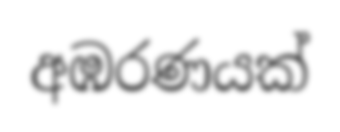
අඹරණයක්